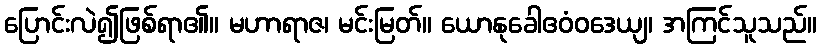
ပြောင်းလဲ၍ဖြစ်ရာ၏။ မဟာရာဇ၊ မင်းမြတ်။ ယောနုခေါဧဝံဝဒေယျ၊ အကြင်သူသည်။